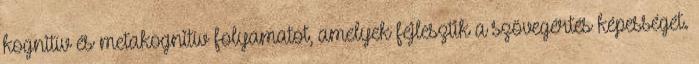
kognitív és metakognitív folyamatot, amelyek fejlesztik a szövegértés képességét.